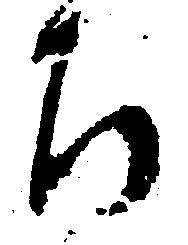
ち